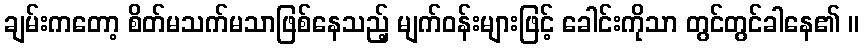
ချမ်းကတော့ စိတ်မသက်မသာဖြစ်နေသည့် မျက်ဝန်းများဖြင့် ခေါင်းကိုသာ တွင်တွင်ခါနေ၏ ။